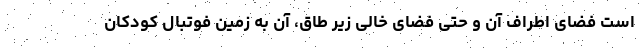
است فضای اطراف آن و حتی فضای خالی زیر طاق، آن به زمین فوتبال کودکان